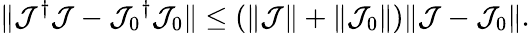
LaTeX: \| {\mathcal{J}}^{\dagger}{\mathcal{J}}-{\mathcal{J}_{0}}^{\dagger}{\mathcal{J}_{0}}\| \le(\| \mathcal{J}\| +\| \mathcal{J}_{0}\| )\| \mathcal{J}-\mathcal{J}_{0}\| .